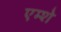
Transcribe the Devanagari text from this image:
एम्शे